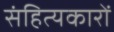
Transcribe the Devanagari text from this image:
संहित्यकारों